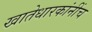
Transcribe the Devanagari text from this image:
खातेधारकांनींच